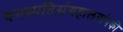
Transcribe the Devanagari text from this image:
वनस्पतिसंग्रहालयांपकी